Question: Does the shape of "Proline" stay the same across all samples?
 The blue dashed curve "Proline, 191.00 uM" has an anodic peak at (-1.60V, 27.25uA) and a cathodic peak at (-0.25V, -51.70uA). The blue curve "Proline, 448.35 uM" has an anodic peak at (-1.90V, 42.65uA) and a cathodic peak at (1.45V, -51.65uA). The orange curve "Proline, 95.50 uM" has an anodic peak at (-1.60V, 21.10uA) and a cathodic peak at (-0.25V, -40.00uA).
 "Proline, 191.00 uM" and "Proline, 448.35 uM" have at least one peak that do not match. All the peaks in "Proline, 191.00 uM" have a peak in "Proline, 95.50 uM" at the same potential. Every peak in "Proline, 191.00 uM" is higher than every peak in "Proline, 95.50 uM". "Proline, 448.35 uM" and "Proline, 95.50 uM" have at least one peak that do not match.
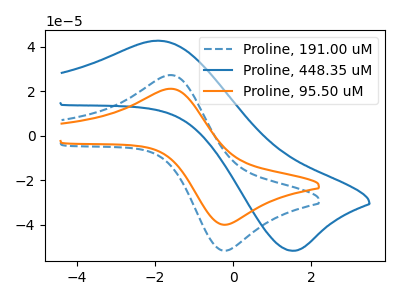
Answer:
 <answer>All the CV's of "Proline" have similar shape.</answer>
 <eval>follow_rule</eval>